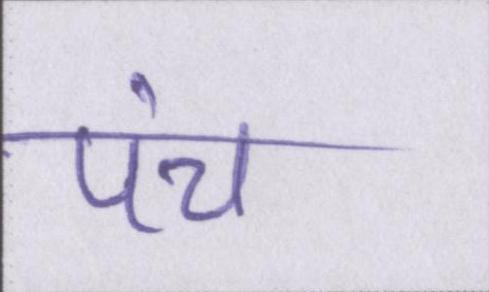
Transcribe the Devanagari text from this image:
पंच